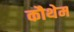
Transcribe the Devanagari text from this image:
कौथेम